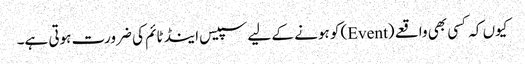
کیوں کہ کسی بھی واقعے (Event) کو ہونے کے لیے سپیس اینڈ ٹائم کی ضرورت ہوتی ہے۔